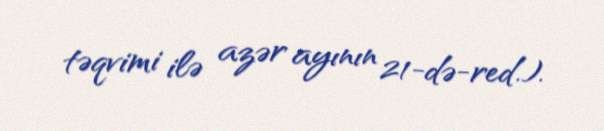
təqvimi ilə azər ayının 21-də-red.).